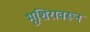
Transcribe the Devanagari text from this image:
भूशिरावरून